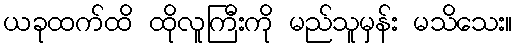
ယခုထက်ထိ ထိုလူကြီးကို မည်သူမှန်း မသိသေး။